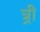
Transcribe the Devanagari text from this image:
त्र्री